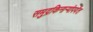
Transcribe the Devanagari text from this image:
समुद्रकिनार्‍यांपर्यंत